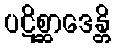
ပဋိစ္ဆာဒေန္တိ